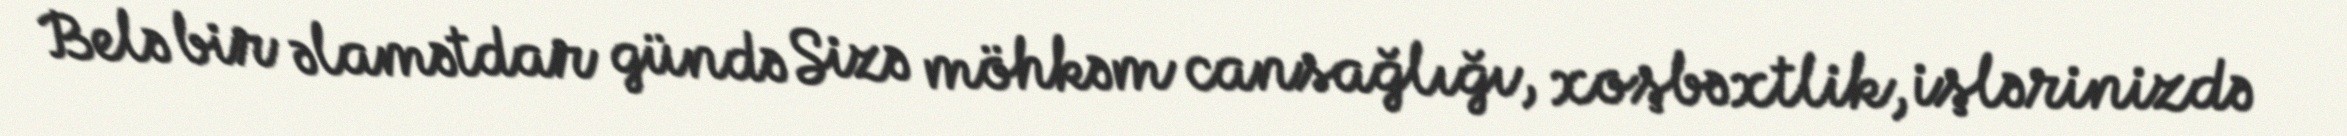
Belə bir əlamətdar gündə Sizə möhkəm cansağlığı, xoşbəxtlik, işlərinizdə